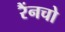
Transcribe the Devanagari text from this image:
रैंनचो